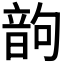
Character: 𩐝